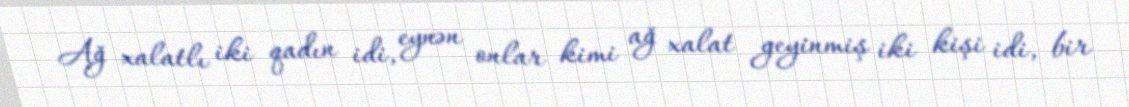
Ağ xalatlı iki qadın idi, eynən onlar kimi ağ xalat geyinmiş iki kişi idi, bir